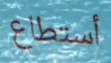
أستطاع